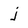
Character: j